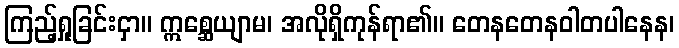
ကြည့်ရှုခြင်းငှာ။ ဣစ္ဆေယျာမ၊ အလိုရှိကုန်ရာ၏။ တေနတေနဝါတပါနေန၊